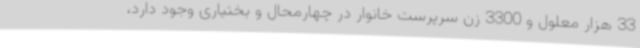
33 هزار معلول و 3300 زن سرپرست خانوار در چهارمحال و بختیاری وجود دارد،